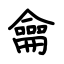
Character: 龠